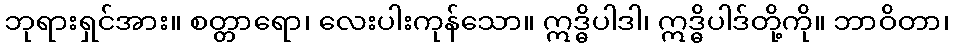
ဘုရားရှင်အား။ စတ္တာရော၊ လေးပါးကုန်သော။ ဣဒ္ဓိပါဒါ၊ ဣဒ္ဓိပါဒ်တို့ကို။ ဘာဝိတာ၊